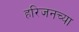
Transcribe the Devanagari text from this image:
हरिजनच्या